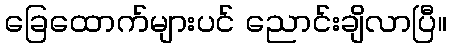
ခြေထောက်များပင် ညောင်းချိလာပြီ။